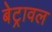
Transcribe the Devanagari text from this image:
बेट्रावल